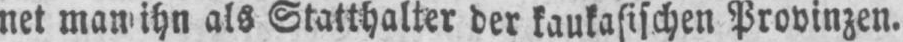
net man ihn als Statthalter der kaukasischen Provinzen.